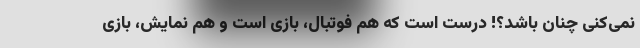
نمی‌کنی چنان باشد؟! درست است که هم فوتبال، بازی است و هم نمایش، بازی